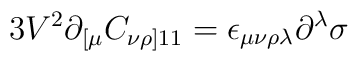
3V^2\partial_{[\mu}C_{\nu\rho]11}=\epsilon_{\mu\nu\rho\lambda}\partial^\lambda\sigma